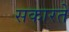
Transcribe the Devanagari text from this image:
सकारते